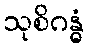
သုစိဂန္ဓံ